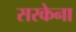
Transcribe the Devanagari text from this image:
सरकेना